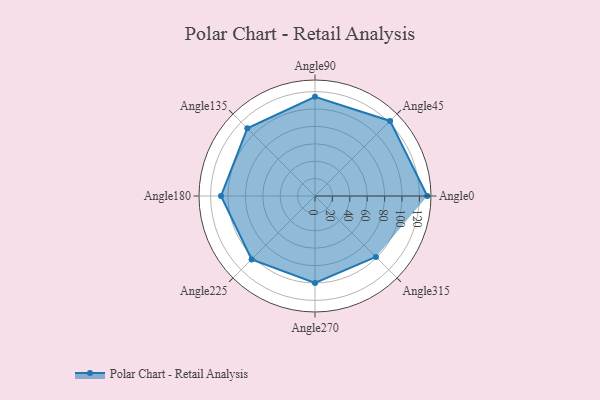
{"axis": {"x": "Angle", "y": "Radius"}, "legend": [""], "data": [{"x": "Angle0", "y": 129.0, "type": ""}, {"x": "Angle45", "y": 122.0, "type": ""}, {"x": "Angle90", "y": 114.0, "type": ""}, {"x": "Angle135", "y": 110.0, "type": ""}, {"x": "Angle180", "y": 108.0, "type": ""}, {"x": "Angle225", "y": 103.0, "type": ""}, {"x": "Angle270", "y": 100.0, "type": ""}, {"x": "Angle315", "y": 99.0, "type": ""}]}